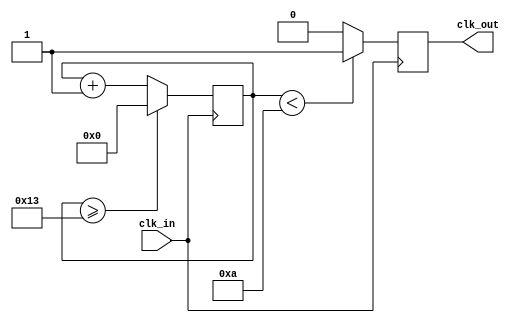
`timescale 1ns / 1ps
//////////////////////////////////////////////////////////////////////////////////
// Company: 
// Engineer: 
// 
// Design Name: 
// Module Name: slower_clock
// Project Name: 
// Target Devices: 
// Tool Versions: 
// Description: 
// 
// Dependencies: 
// 
// Revision:
// Revision 0.01 - File Created
// Additional Comments:
// 
//////////////////////////////////////////////////////////////////////////////////



module slower_clock(
    input clk_in,
    output reg clk_out

    );

reg [15:0] counter;
parameter DIVISOR = 16'd20; // New clock freq = 100MHz/20 = 5MHz

always @(posedge clk_in)
begin
    counter <= counter + 16'd1;
    if(counter >= (DIVISOR-1))
        counter <= 16'd0;
        clk_out <= (counter < DIVISOR/2)?1'b1:1'b0;

end
    
endmodule